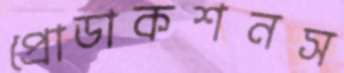
প্রোডাকশনস